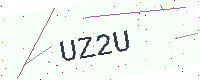
Text: UZ2U